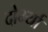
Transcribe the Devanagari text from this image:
दोर्भ्यां